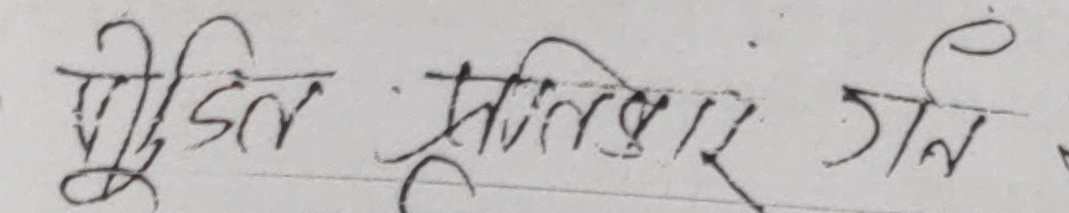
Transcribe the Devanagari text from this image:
मुदित प्रतिकार जान